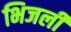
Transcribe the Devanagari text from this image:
भिजली